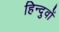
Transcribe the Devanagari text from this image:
हिन्दुवों